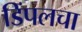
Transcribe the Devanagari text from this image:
डिंपलचा